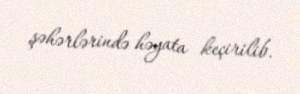
şəhərlərində həyata keçirilib.